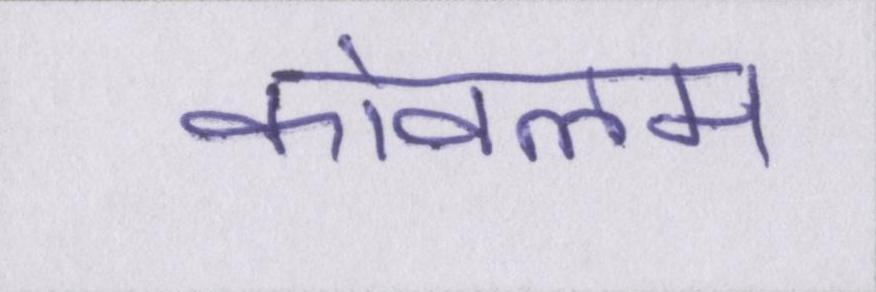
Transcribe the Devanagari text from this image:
कोवलम